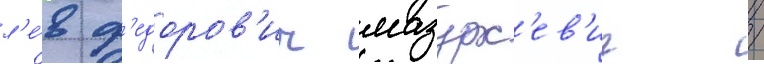
л'е́в ф'едоров'ич мазурк'ев'ич /